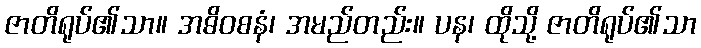
ဇာတိရုပ်၏သာ။ အဓိဝစနံ၊ အမည်တည်း။ ပန၊ ထိုသို့ ဇာတိရုပ်၏သာ